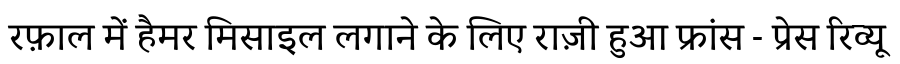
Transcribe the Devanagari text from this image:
रफ़ाल में हैमर मिसाइल लगाने के लिए राज़ी हुआ फ्रांस - प्रेस रिव्यू